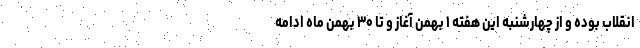
انقلاب بوده و از چهارشنبه این هفته ۱ بهمن آغاز و تا ۳۰ بهمن ماه ادامه